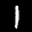
Label: 1